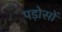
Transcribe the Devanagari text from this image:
पड़ोसों